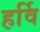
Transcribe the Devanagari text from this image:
हर्वि